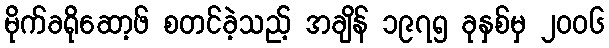
မိုက်ခရိုဆော့ဖ် စတင်ခဲ့သည့် အချိန် ၁၉၇၅ ခုနှစ်မှ ၂၀၀၆